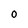
Character: O